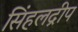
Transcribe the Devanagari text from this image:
सिंहलद्रीप